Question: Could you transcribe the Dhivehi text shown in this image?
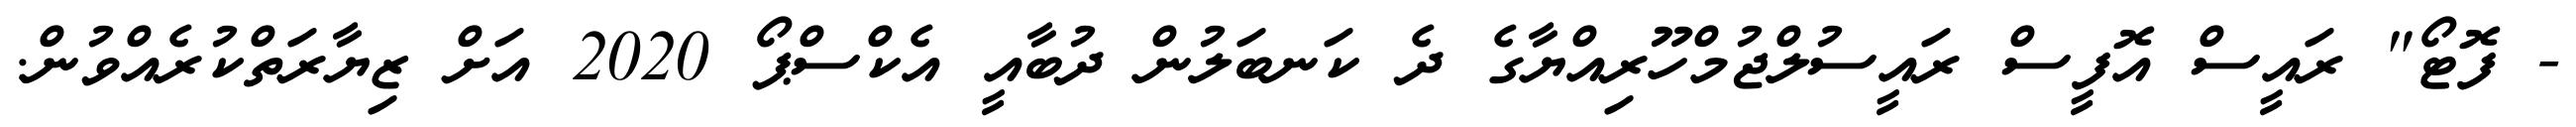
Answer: - ފޮޓޯ" ރައީސް އޮފީސް ރައީސުލްޖުމްހޫރިއްޔާގެ ދެ ކަނބަލުން ދުބާއީ އެކްސްޕޯ 2020 އަށް ޒިޔާރަތްކުރެއްވުން.